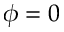
\phi = 0